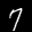
Label: 7